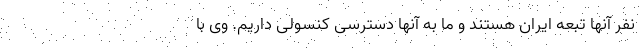
نفر آنها تبعه ایران هستند و ما به آنها دسترسی کنسولی داریم. وی با